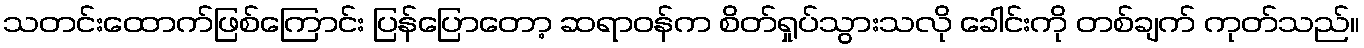
သတင်းထောက်ဖြစ်ကြောင်း ပြန်ပြောတော့ ဆရာဝန်က စိတ်ရှုပ်သွားသလို ခေါင်းကို တစ်ချက် ကုတ်သည်။